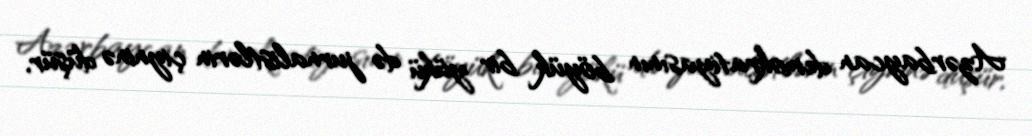
Azərbaycan demokratiyasının böyük bir yükü də jurnalistlərin çiyninə düşür,